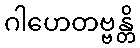
ဂါဟေတဗ္ဗန္တိ